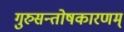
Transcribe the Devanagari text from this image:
गुरुसन्तोषकारणम्